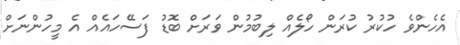
އެހެންވެ ހުކުރު ކުރަން ހޯލެއް ލިބުމުން ވަރަށް ބޮޑު ފަސޭހައެއް އެ މީހުންނަށް